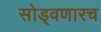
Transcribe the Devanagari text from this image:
सोड्वणारच